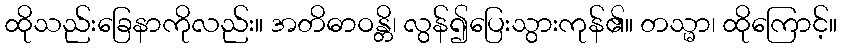
ထိုသည်းခြေနာကိုလည်း။ အတိဓာဝန္တိ၊ လွန်၍ပြေးသွားကုန်၏။ တသ္မာ၊ ထိုကြောင့်။